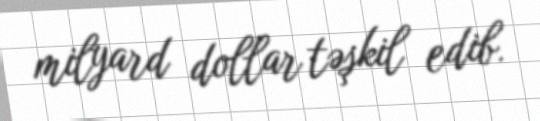
milyard dollar təşkil edib.